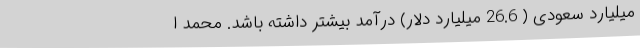
میلیارد سعودی ( 26.6 میلیارد دلار) درآمد بیشتر داشته باشد. محمد ا